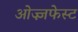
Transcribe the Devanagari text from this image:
ओज्ज़फेस्ट